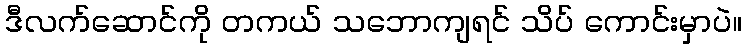
ဒီလက်ဆောင်ကို တကယ် သဘောကျရင် သိပ် ကောင်းမှာပဲ။